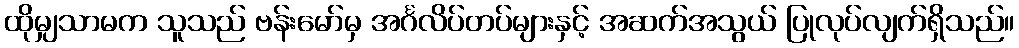
ထိုမျှသာမက သူသည် ဗန်းမော်မှ အင်္ဂလိပ်တပ်များနှင့် အဆက်အသွယ် ပြုလုပ်လျက်ရှိသည်။